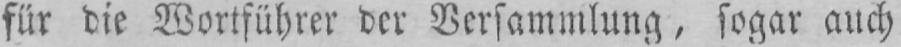
für die Wortführer der Versammlung, sogar auch